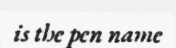
is the pen name